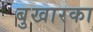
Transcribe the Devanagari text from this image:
बुखारका